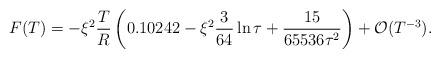
LaTeX: \begin{align*}F(T)= -\xi^2\frac{T}{R}\left (0.10242 -\xi^2\frac{3}{64}\ln \tau+\frac{15}{65536\tau ^2} \right )+{\cal O}(T^{-3}) .\end{align*}